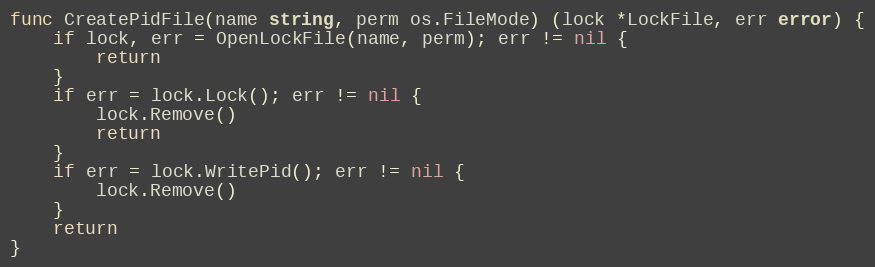
Language: Go
func CreatePidFile(name string, perm os.FileMode) (lock *LockFile, err error) {
	if lock, err = OpenLockFile(name, perm); err != nil {
		return
	}
	if err = lock.Lock(); err != nil {
		lock.Remove()
		return
	}
	if err = lock.WritePid(); err != nil {
		lock.Remove()
	}
	return
}